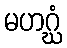
မဟဂ္ဃံ